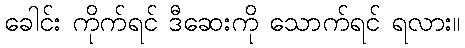
ခေါင်း ကိုက်ရင် ဒီဆေးကို သောက်ရင် ရလား။